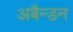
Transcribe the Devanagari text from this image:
अबैन्डन